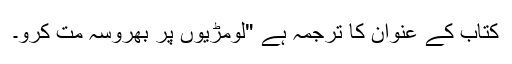
کتاب کے عنوان کا ترجمہ ہے "لومڑیوں پر بھروسہ مت کرو۔